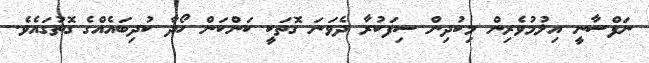
ނަފްސާނީ އިލުމުވެރިން މިކުދިން ސިފަކުރާ ދެވަނަ ގޮތަކީ ކަންކަން ހޯދާ ކުދިބައެއްގެ ގޮތުގައެވެ.